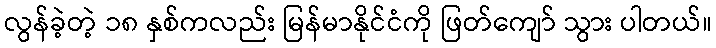
လွန်ခဲ့တဲ့ ၁၈ နှစ်ကလည်း မြန်မာနိုင်ငံကို ဖြတ်ကျော် သွား ပါတယ်။